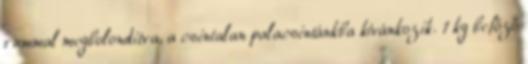
rummal megbolondítva, a csintalan palacsintánkba kívánkozik. 1 kg befőző